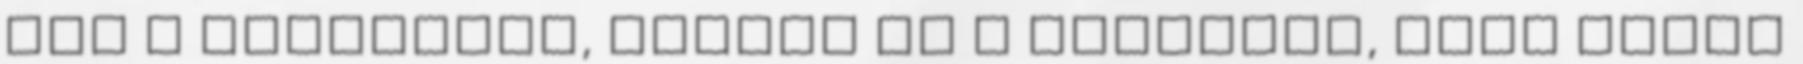
elő a gyakorlót, akinek az a feladata, hogy saját